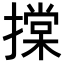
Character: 𢴤